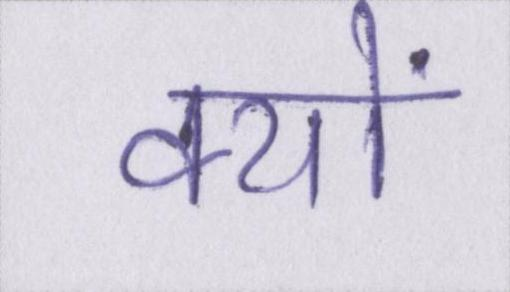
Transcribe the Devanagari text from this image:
क्यों